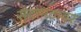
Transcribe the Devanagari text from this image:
सुंदरमठावर